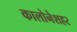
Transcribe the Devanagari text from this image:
कालोनेशहर